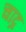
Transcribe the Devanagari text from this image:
चाद्र